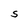
Character: S